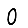
Digit: 0